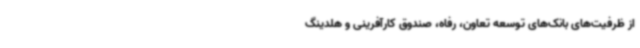
از ظرفیت‌های بانک‌های توسعه تعاون، رفاه، صندوق کارآفرینی و هلدینگ